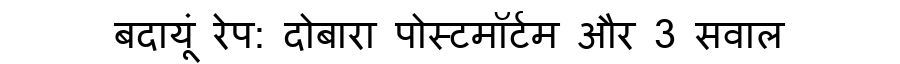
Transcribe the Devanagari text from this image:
बदायूं रेप: दोबारा पोस्टमॉर्टम और 3 सवाल